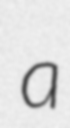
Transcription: a